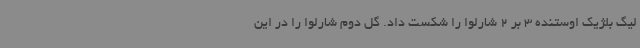
لیگ بلژیک اوستنده 3 بر 2 شارلوا را شکست داد. گل دوم شارلوا را در این